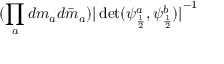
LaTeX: ( \prod _ { a } d m _ { a } d \bar { m } _ { a } ) { \vert \operatorname * { d e t } ( \psi _ { \frac { 1 } { 2 } } ^ { a } , \psi _ { \frac { 1 } { 2 } } ^ { b } ) \vert } ^ { - 1 }